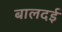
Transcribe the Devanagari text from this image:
बालदई